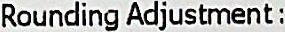
ROUNDING ADJUSTMENT :